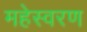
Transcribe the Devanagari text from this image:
महेस्वरण